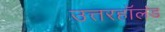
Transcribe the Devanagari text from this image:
उत्तरहॉलंड